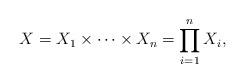
LaTeX: \begin{align*} X=X_{1}\times \dots \times X_{n}=\prod \limits_{i=1}^{n} X_{i},\end{align*}